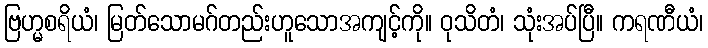
ဗြဟ္မစရိယံ၊ မြတ်သောမဂ်တည်းဟူသောအကျင့်ကို။ ဝုသိတံ၊ သုံးအပ်ပြီ။ ကရဏီယံ၊